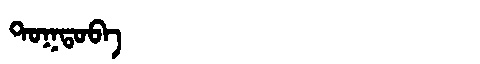
Manchu: ᡨᠣᡴᡨᠣᠪᠠ
Romanization: TOKTOBA